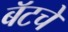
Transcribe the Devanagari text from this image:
बॅटचे